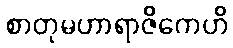
စာတုမဟာရာဇိကေဟိ